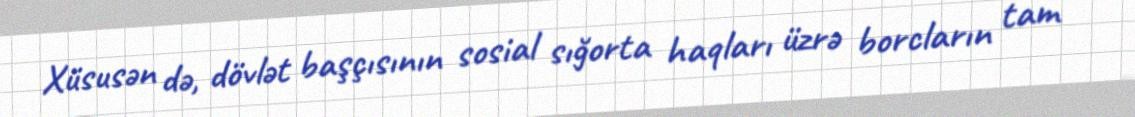
Xüsusən də, dövlət başçısının sosial sığorta haqları üzrə borcların tam